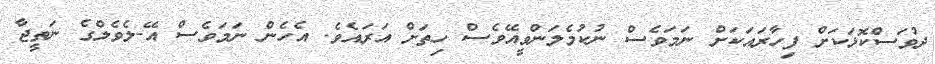
ދުވަސްކޮޅަކަށް ފިހާރައަކަށް ނަމަވެސް ނުކުމެލަންވީއޭވެސް ހިތަށް އަރައެވެ. އެހެން ނަމަވެސް އޭ-ލެވެލްގެ ނަތީޖާ